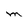
Character: M